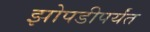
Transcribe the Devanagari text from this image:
झोपडीपर्यंत